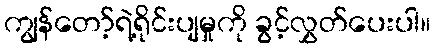
ကျွန်တော့်ရဲ့ရိုင်းပျမှုကို ခွင့်လွှတ်ပေးပါ။